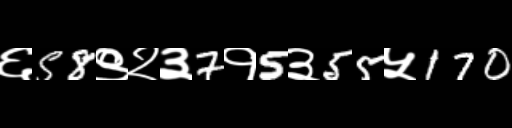
Text: ६58९२३7१5३55५170